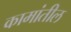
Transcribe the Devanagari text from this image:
कामांतील